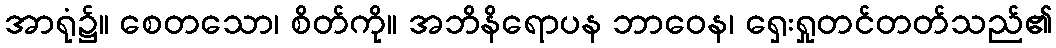
အာရုံ၌။ စေတသော၊ စိတ်ကို။ အဘိနိရောပန ဘာဝေန၊ ရှေးရှုတင်တတ်သည်၏